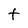
Character: t